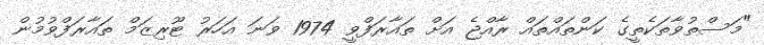
"މަސްތުވާތަކެތީގެ ކަންތައްތައް ރާއްޖެ އަށް ތައާރަފްވީ 1974 ވަނަ އަހަރު ޓޫރިޒަމް ތައާރަފްވުމުން